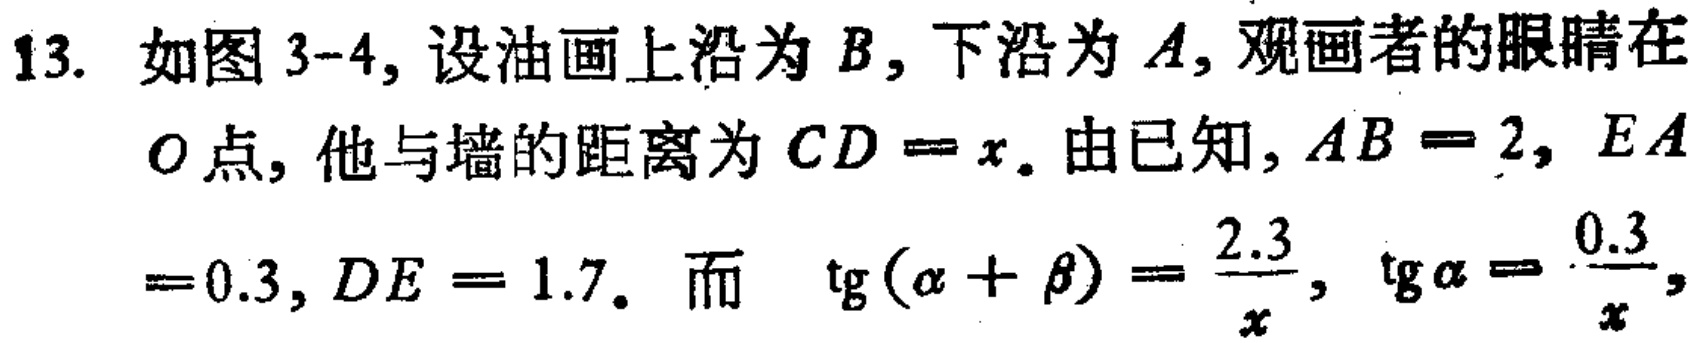
13. 如图 3-4, 设油画上沿为 \(B\), 下沿为 \(A\), 观画者的眼睛在 \(O\) 点, 他与墙的距离为 \(CD = x\). 由已知, \(AB = 2\), \(EA=0.3\), \(DE = 1.7\). 而 \(\text{tg}(\alpha+\beta)=\frac{2.3}{x}\), \(\text{tg}\alpha=\frac{0.3}{x}\),